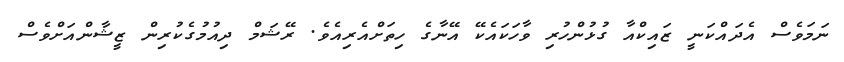
ނަމަވެސް އެދައްކަނީ ޒައިކްއާ ގުޅުންހުރި ވާހަކައެކޭ އޭނާގެ ހިތަށްއެރިއެވެ. ރޭޝަމް ދިއުމުގެކުރިން ޒީޝާންއަށްވެސް